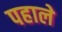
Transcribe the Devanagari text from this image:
पहाले